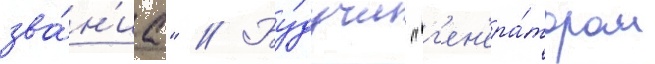
зва́н'иа" // Бу́дучи "г'ен'ера́тором